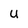
Character: u